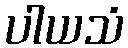
ပါယသံ